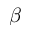
\beta